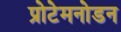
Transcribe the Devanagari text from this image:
प्रोटेमनोडन